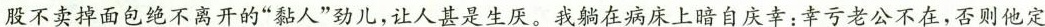
股不卖掉面包绝不离开的”黏人”劲儿，让人甚是生厌。我躺在病床上暗自庆幸；幸亏老公不在，否则他定